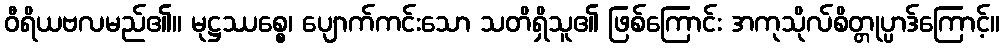
ဝီရိယဗလမည်၏။ မုဋ္ဌဿစ္စေ၊ ပျောက်ကင်းသော သတိရှိသူ၏ ဖြစ်ကြောင်း အကုသိုလ်စိတ္တုပ္ပာဒ်ကြောင့်။